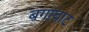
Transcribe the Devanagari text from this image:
बगाघाट